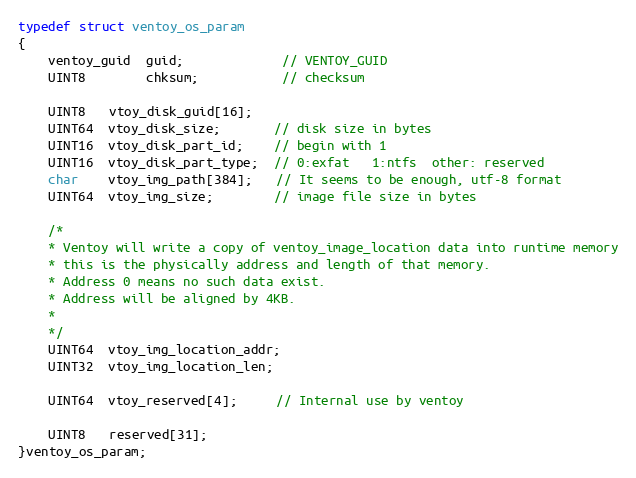
Language: C
typedef struct ventoy_os_param
{
	ventoy_guid  guid;             // VENTOY_GUID
	UINT8        chksum;           // checksum

	UINT8   vtoy_disk_guid[16];
	UINT64  vtoy_disk_size;       // disk size in bytes
	UINT16  vtoy_disk_part_id;    // begin with 1
	UINT16  vtoy_disk_part_type;  // 0:exfat   1:ntfs  other: reserved
	char    vtoy_img_path[384];   // It seems to be enough, utf-8 format
	UINT64  vtoy_img_size;        // image file size in bytes

	/*
	* Ventoy will write a copy of ventoy_image_location data into runtime memory
	* this is the physically address and length of that memory.
	* Address 0 means no such data exist.
	* Address will be aligned by 4KB.
	*
	*/
	UINT64  vtoy_img_location_addr;
	UINT32  vtoy_img_location_len;

	UINT64  vtoy_reserved[4];     // Internal use by ventoy

	UINT8   reserved[31];
}ventoy_os_param;